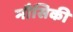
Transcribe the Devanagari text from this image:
मौसिकी